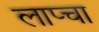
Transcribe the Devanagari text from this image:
लाप्चा